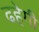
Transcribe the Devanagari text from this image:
ढहेगी